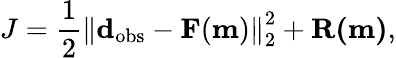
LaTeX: J=\frac{1}{2}\left\| \mathbf{d}_{\mathrm{obs}}-\mathbf{F}(\mathbf{m})\right\| _{2}^{2}+\mathbf{R(m)},